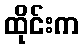
ထိုင်းက